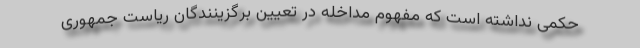
حکمی نداشته است که مفهوم مداخله در تعیین برگزینندگان ریاست جمهوری